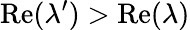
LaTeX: \mathrm{Re}(\lambda^{\prime})>\mathrm{Re}(\lambda)